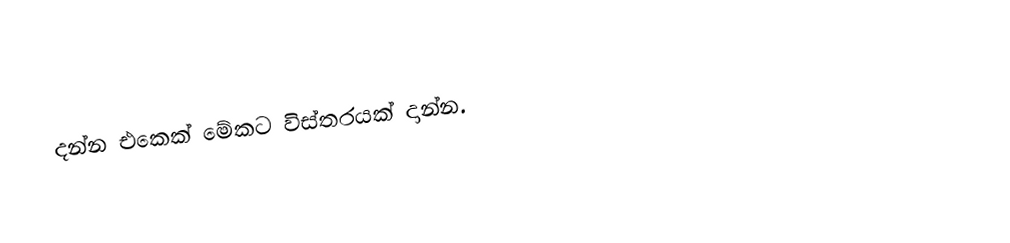
දන්න එකෙක් මේකට විස්තරයක් දාන්න.